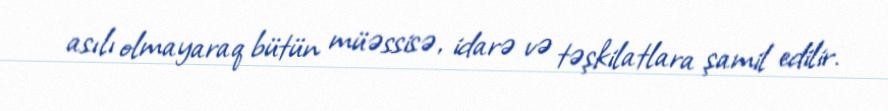
asılı olmayaraq bütün müəssisə, idarə və təşkilatlara şamil edilir.